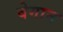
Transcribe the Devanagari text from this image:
वेगान